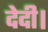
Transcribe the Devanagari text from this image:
देदी।